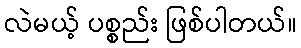
လဲမယ့် ပစ္စည်း ဖြစ်ပါတယ်။